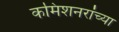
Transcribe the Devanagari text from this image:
कमिशनरांच्या